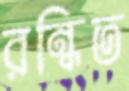
রন্ধিত